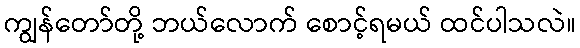
ကျွန်တော်တို့ ဘယ်လောက် စောင့်ရမယ် ထင်ပါသလဲ။